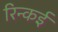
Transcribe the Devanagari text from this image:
रिन्कई